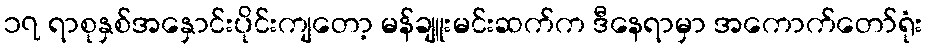
၁၇ ရာစုနှစ်အနှောင်းပိုင်းကျတော့ မန်ချူးမင်းဆက်က ဒီနေရာမှာ အကောက်တော်ရုံး